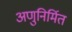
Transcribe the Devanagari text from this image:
अणुनिर्मित